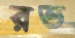
রভ